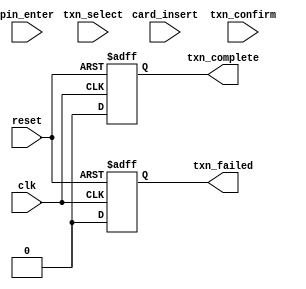
module ATM_MODEL (
    input wire clk,
    input wire reset,
    input wire card_insert,
    input wire pin_enter,
    input wire txn_select,
    input wire txn_confirm,
    output wire txn_complete,
    output wire txn_failed
);

    // Define states
    parameter IDLE = 2'b00;
    parameter CARD_INSERTED = 2'b01;
    parameter PIN_ENTERED = 2'b10;
    parameter TRANSACTION_SELECTED = 2'b11;

    // Registers for the FSM
    reg [1:0] state_reg;
    reg [1:0] state_next;

    // Output signals
    reg txn_complete_reg;
    reg txn_failed_reg;

    // FSM logic
    always @(posedge clk or posedge reset) begin
        if (reset) begin
            state_reg <= IDLE;
            txn_complete_reg <= 1'b0;
            txn_failed_reg <= 1'b0;
        end else begin
            state_reg <= state_next;
            txn_complete_reg <= 1'b0;
            txn_failed_reg <= 1'b0;
        end
    end

    always @(state_reg or card_insert or pin_enter or txn_select or txn_confirm) begin
        state_next = state_reg;

        case (state_reg)
            IDLE: begin
                if (card_insert)
                    state_next = CARD_INSERTED;
            end
            CARD_INSERTED: begin
                if (pin_enter)
                    state_next = PIN_ENTERED;
                else if (!card_insert)
                    state_next = IDLE;
            end
            PIN_ENTERED: begin
                if (txn_select)
                    state_next = TRANSACTION_SELECTED;
                else if (!pin_enter)
                    state_next = IDLE;
            end
            TRANSACTION_SELECTED: begin
                if (txn_confirm)
                    state_next = IDLE;
                else if (!txn_select)
                    state_next = IDLE;
            end
        endcase
    end

    // Assign outputs
    assign txn_complete = txn_complete_reg;
    assign txn_failed = txn_failed_reg;

endmodule